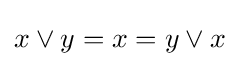
x\vee y=x=y\vee x